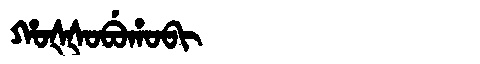
Manchu: ᡥᠣᡧᡧᠣᠪᡠᡥᠣᠪᡳ
Romanization: HOŠŠOBUHOBI